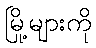
မြို့များကို